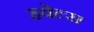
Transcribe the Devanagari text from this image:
हवेल्स